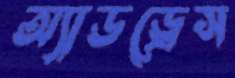
অ্যাডড্রেস